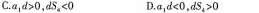
C.$$a_{ 1 } d﹥0$$,$$d s_{ 4 } ＜ 0$$ D.$$a_{ 1 } d＜0$$，$$ds_{ 4 } ﹥ 0$$